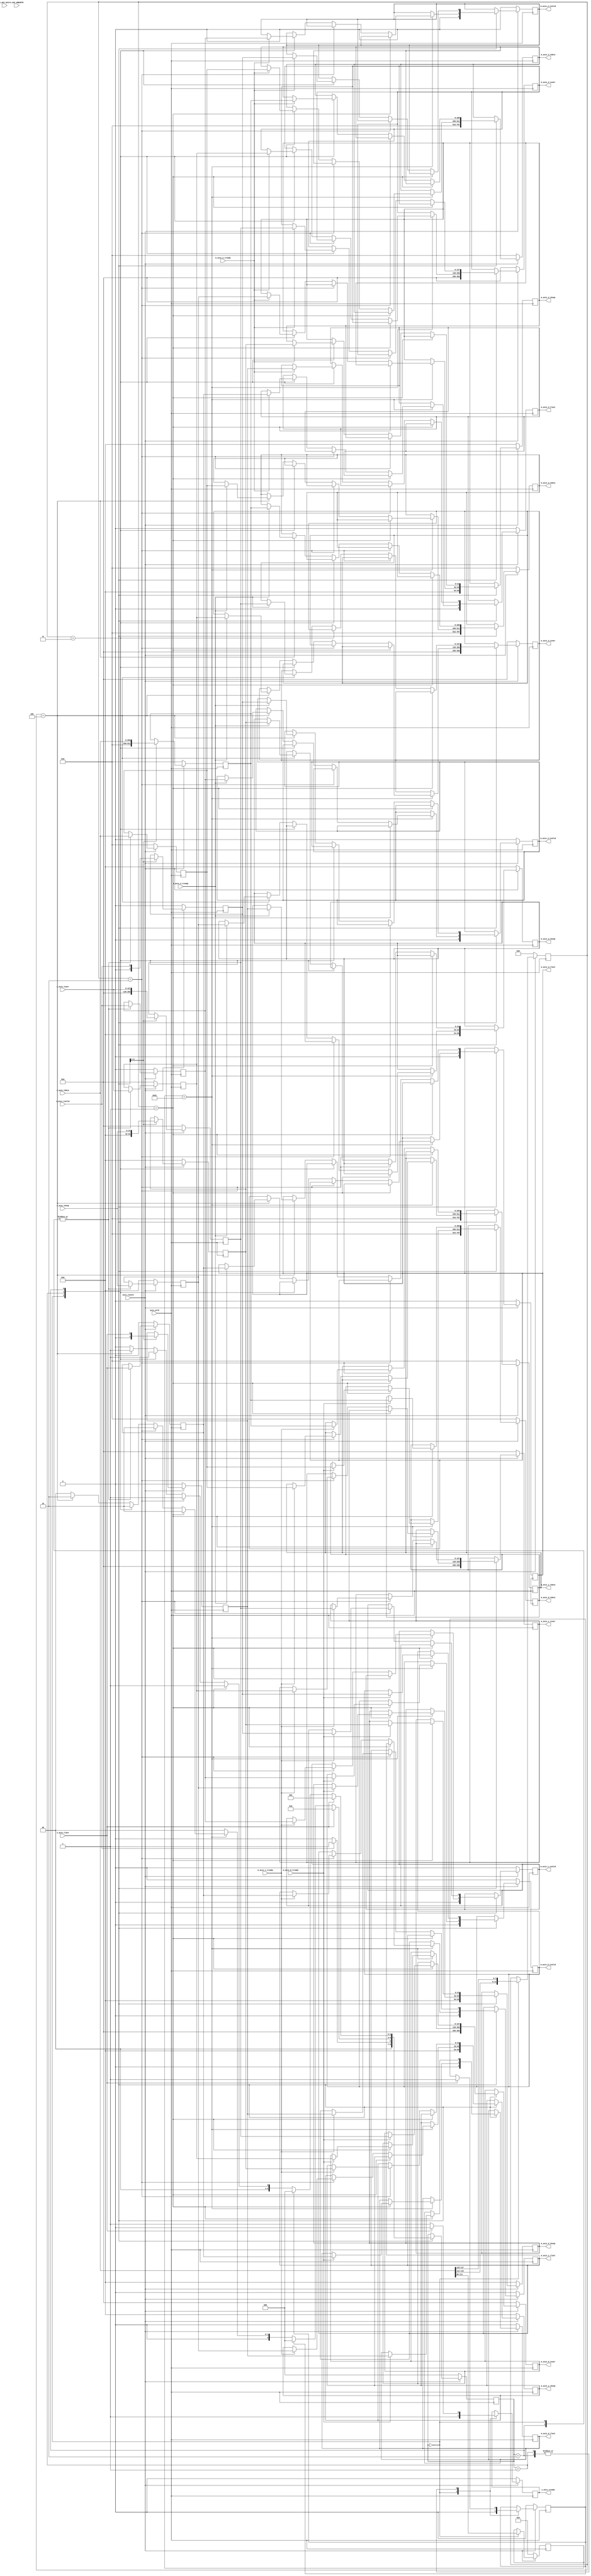
//
// Copyright (c) 2019 Mateus Saquetti
// All rights reserved.
//
// This software was modified by Institute of Informatics of the Federal
// University of Rio Grande do Sul (INF-UFRGS)
//
// Description:
//        Adapted to run in P4VBox architecture
//
// @NETFPGA_LICENSE_HEADER_START@
//
// Licensed to NetFPGA C.I.C. (NetFPGA) under one or more contributor
// license agreements.  See the NOTICE file distributed with this work for
// additional information regarding copyright ownership.  NetFPGA licenses this
// file to you under the NetFPGA Hardware-Software License, Version 1.0 (the
// "License"); you may not use this file except in compliance with the
// License.  You may obtain a copy of the License at:
//
//   http://www.netfpga-cic.org
//
// Unless required by applicable law or agreed to in writing, Work distributed
// under the License is distributed on an "AS IS" BASIS, WITHOUT WARRANTIES OR
// CONDITIONS OF ANY KIND, either express or implied.  See the License for the
// specific language governing permissions and limitations under the License.
//
// @NETFPGA_LICENSE_HEADER_END@
//


`timescale 1ns / 1ps

module input_p4_interface
#(
  //Slave AXI parameters
  parameter C_S_AXI_DATA_WIDTH    = 32,
  parameter C_S_AXI_ADDR_WIDTH    = 32,
  parameter C_BASEADDR            = 32'h00000000,

  // Master AXI Stream Data Width
  parameter C_M_AXIS_DATA_WIDTH=256,
  parameter C_S_AXIS_DATA_WIDTH=256,
  parameter C_M_AXIS_TUSER_WIDTH=128,
  parameter C_S_AXIS_TUSER_WIDTH=128,
  parameter NUM_QUEUES=5,
  parameter DIGEST_WIDTH =80
)
(
  // Global Ports
  input                                                           axis_aclk,
  input                                                           axis_resetn,

  // Master Stream Ports (interface to nf_sume_sdnet_ips)
  output reg [C_S_AXIS_DATA_WIDTH - 1:0]                          m_axis_0_tdata,
  output reg [((C_S_AXIS_DATA_WIDTH / 8)) - 1:0]                  m_axis_0_tkeep,
  output reg [C_M_AXIS_TUSER_WIDTH-1:0]                           m_axis_0_tuser,
  output reg                                                      m_axis_0_tvalid,
  output reg                                                      m_axis_0_tlast,
  input                                                           m_axis_0_tready,

  output reg [C_S_AXIS_DATA_WIDTH - 1:0]                          m_axis_1_tdata,
  output reg [((C_S_AXIS_DATA_WIDTH / 8)) - 1:0]                  m_axis_1_tkeep,
  output reg [C_M_AXIS_TUSER_WIDTH-1:0]                           m_axis_1_tuser,
  output reg                                                      m_axis_1_tvalid,
  output reg                                                      m_axis_1_tlast,
  input                                                           m_axis_1_tready,

  output reg [C_S_AXIS_DATA_WIDTH - 1:0]                          m_axis_2_tdata,
  output reg [((C_S_AXIS_DATA_WIDTH / 8)) - 1:0]                  m_axis_2_tkeep,
  output reg [C_M_AXIS_TUSER_WIDTH-1:0]                           m_axis_2_tuser,
  output reg                                                      m_axis_2_tvalid,
  output reg                                                      m_axis_2_tlast,
  input                                                           m_axis_2_tready,

  output reg [C_S_AXIS_DATA_WIDTH - 1:0]                          m_axis_3_tdata,
  output reg [((C_S_AXIS_DATA_WIDTH / 8)) - 1:0]                  m_axis_3_tkeep,
  output reg [C_M_AXIS_TUSER_WIDTH-1:0]                           m_axis_3_tuser,
  output reg                                                      m_axis_3_tvalid,
  output reg                                                      m_axis_3_tlast,
  input                                                           m_axis_3_tready,

  // Slave Stream Ports (interface to input_arbiter)
  input   [C_M_AXIS_DATA_WIDTH - 1:0]                             s_axis_tdata,
  input   [((C_M_AXIS_DATA_WIDTH / 8)) - 1:0]                     s_axis_tkeep,
  input   [C_M_AXIS_TUSER_WIDTH-1:0]                              s_axis_tuser,
  input                                                           s_axis_tvalid,
  input                                                           s_axis_tlast,
  output reg                                                      s_axis_tready,

  // Slave AXI Ports
  input                                                           S_AXI_ACLK,
  input                                                           S_AXI_ARESETN
);

  // ------------ Internal Params --------

  localparam VLAN_WIDTH=32;
  localparam VLAN_WIDTH_ID=12;
  localparam VLAN_THRESHOLD_BGN=128;
  localparam VLAN_THRESHOLD_END=96;

  localparam NUM_STATES=3;
  localparam WAIT_PKT=0;
  localparam WRITE_PKT_BEG=1;
  localparam WRITE_PKT_END=2;
  localparam END_PKT=3;

  // ------------- Regs/ wires -----------
  /* Format of tdata signal:
   *    [127:96]          vlan_tdata;     // Dot1Q<32 bits>
   * Format of vlan_tdata signal:
   *    [15:0]            vlan_prot_id;   // Protocol Identifier<32 bits>
   *    [31:16]           vlan_info;      // Tag Information<32 bits>
   * Format of vlan_info signal:
   *    [7:5]             vlan_info_prio; // Priority<3 bits>
   *    [4]               vlan_info_drop; // Drop Eligible<1 bit>
   *    {[3:0], [15: 8]}  vlan_info_id;   // VLAN Identifier<12 bits>
   */

  wire [VLAN_WIDTH - 1:0]                   vlan_tdata;
  wire [(( VLAN_WIDTH/2 )) - 1:0]           vlan_prot_id;
  wire [(( VLAN_WIDTH/2 )) - 1:0]           vlan_info;
  wire [(( VLAN_WIDTH_ID/4 )) - 1:0]        vlan_info_prio;
  wire                                      vlan_info_drop;
  wire [VLAN_WIDTH_ID -1 :0]                vlan_info_id;

  reg [NUM_STATES-1:0]                      ipi_state;
  reg                                       ipi_end_pkt;
  reg [(( VLAN_WIDTH/2 )) - 1:0]            ipi_vlan_prot_id;
  reg [VLAN_WIDTH_ID -1 :0]                 ipi_vlan_info_id;

  reg [C_S_AXIS_DATA_WIDTH - 1:0]           ipi_tdata;
  reg [((C_S_AXIS_DATA_WIDTH / 8)) - 1:0]   ipi_tkeep;
  reg [C_M_AXIS_TUSER_WIDTH-1:0]            ipi_tuser;
  reg                                       ipi_tvalid;
  reg                                       ipi_tlast;
  reg [C_S_AXIS_DATA_WIDTH - 1:0]           ipi_tdata_next;
  reg [((C_S_AXIS_DATA_WIDTH / 8)) - 1:0]   ipi_tkeep_next;
  reg [C_M_AXIS_TUSER_WIDTH-1:0]            ipi_tuser_next;
  reg                                       ipi_tvalid_next;
  reg                                       ipi_tlast_next;

  // ------------- Logic ------------

  assign vlan_tdata = s_axis_tdata [VLAN_THRESHOLD_BGN - 1:VLAN_THRESHOLD_END];
  assign vlan_prot_id = vlan_tdata [((VLAN_WIDTH/2)) - 1:0];
  assign vlan_info = vlan_tdata [VLAN_WIDTH - 1:(( VLAN_WIDTH/2 ))];
  assign vlan_info_prio = vlan_info [7:5];
  assign vlan_info_drop = vlan_info [4];
  assign vlan_info_id = {vlan_info[3:0], vlan_info[15: 8]};


  always @(posedge axis_aclk) begin
    if( axis_resetn ) begin
      case( ipi_state )

        WAIT_PKT: begin
          s_axis_tready <= 1;

          ipi_end_pkt <= 0;
          ipi_vlan_prot_id <= vlan_prot_id;
          ipi_vlan_info_id <= vlan_info_id;

          ipi_tdata  <= s_axis_tdata;
          ipi_tuser  <= s_axis_tuser;
          ipi_tkeep  <= s_axis_tkeep;
          ipi_tvalid <= s_axis_tvalid;
          ipi_tlast  <= s_axis_tlast;
          ipi_tdata_next <= 0;
          ipi_tkeep_next <= 0;
          ipi_tuser_next <= 0;
          ipi_tvalid_next<= 0;
          ipi_tlast_next <= 0;

          m_axis_0_tdata  <= 0;
          m_axis_0_tkeep  <= 0;
          m_axis_0_tuser  <= 0;
          m_axis_0_tvalid <= 0;
          m_axis_0_tlast  <= 0;
          //m_axis_0_tready
          m_axis_1_tdata  <= 0;
          m_axis_1_tkeep  <= 0;
          m_axis_1_tuser  <= 0;
          m_axis_1_tvalid <= 0;
          m_axis_1_tlast  <= 0;
          //m_axis_1_tready
          m_axis_2_tdata  <= 0;
          m_axis_2_tkeep  <= 0;
          m_axis_2_tuser  <= 0;
          m_axis_2_tvalid <= 0;
          m_axis_2_tlast  <= 0;
          //m_axis_2_tready
          m_axis_3_tdata  <= 0;
          m_axis_3_tkeep  <= 0;
          m_axis_3_tuser  <= 0;
          m_axis_3_tvalid <= 0;
          m_axis_3_tlast  <= 0;
          //m_axis_3_tready

          if ( s_axis_tvalid ) begin
            ipi_state = WRITE_PKT_BEG;
          end
          else begin
            ipi_state = WAIT_PKT;
          end
        end

        WRITE_PKT_BEG: begin
          s_axis_tready <= 1;

          ipi_tdata_next  <= s_axis_tdata;
          ipi_tuser_next  <= s_axis_tuser;
          ipi_tkeep_next  <= s_axis_tkeep;
          ipi_tvalid_next <= s_axis_tvalid;
          ipi_tlast_next  <= s_axis_tlast;

          if ( ipi_vlan_prot_id == 16'h0081 ) begin // 0000 0000 1000 0001
            ipi_state = WRITE_PKT_END;
            if ( ipi_vlan_info_id == 12'h001 ) begin // 0000 0000 0001
              if ( m_axis_0_tready == 1 ) begin
                m_axis_0_tdata  <= ipi_tdata;
                m_axis_0_tuser  <= ipi_tuser;
                m_axis_0_tkeep  <= ipi_tkeep;
                m_axis_0_tvalid <= ipi_tvalid;
                m_axis_0_tlast  <= ipi_tlast;
              end
            end
            else if ( ipi_vlan_info_id == 12'h002 ) begin // 0000 0000 0002
              if ( m_axis_1_tready == 1 ) begin
                m_axis_1_tdata  <= ipi_tdata;
                m_axis_1_tuser  <= ipi_tuser;
                m_axis_1_tkeep  <= ipi_tkeep;
                m_axis_1_tvalid <= ipi_tvalid;
                m_axis_1_tlast  <= ipi_tlast;
              end
            end
            else if ( ipi_vlan_info_id == 12'h003 ) begin // 0000 0000 0003
              if ( m_axis_2_tready == 1 ) begin
                m_axis_2_tdata  <= ipi_tdata;
                m_axis_2_tuser  <= ipi_tuser;
                m_axis_2_tkeep  <= ipi_tkeep;
                m_axis_2_tvalid <= ipi_tvalid;
                m_axis_2_tlast  <= ipi_tlast;
              end
            end
            else if ( ipi_vlan_info_id == 12'h004 ) begin // 0000 0000 0004
              if ( m_axis_3_tready == 1 ) begin
                m_axis_3_tdata  <= ipi_tdata;
                m_axis_3_tuser  <= ipi_tuser;
                m_axis_3_tkeep  <= ipi_tkeep;
                m_axis_3_tvalid <= ipi_tvalid;
                m_axis_3_tlast  <= ipi_tlast;
              end
            end
            else begin
              ipi_state = WAIT_PKT;
            end
          end
          else begin
            ipi_state = WAIT_PKT;
          end
          if ( s_axis_tlast ) begin
            ipi_state = WRITE_PKT_END;
            s_axis_tready <= 0;
            ipi_end_pkt <= 1;
          end
          else begin
            if( ipi_end_pkt ) begin
              ipi_state = WAIT_PKT;
              s_axis_tready <= 1;
            end
          end

        end // case: WRITE_PKT_BEG

        WRITE_PKT_END: begin
          s_axis_tready <= 1;

          ipi_tdata <= s_axis_tdata;
          ipi_tuser <= s_axis_tuser;
          ipi_tkeep <= s_axis_tkeep;
          ipi_tvalid <= s_axis_tvalid;
          ipi_tlast <= s_axis_tlast;


          ipi_state = WRITE_PKT_BEG;
          if ( ipi_vlan_info_id == 12'h001 ) begin // 0000 0000 0001
            if ( m_axis_0_tready == 1 ) begin
              m_axis_0_tdata  <= ipi_tdata_next;
              m_axis_0_tuser  <= ipi_tuser_next;
              m_axis_0_tkeep  <= ipi_tkeep_next;
              m_axis_0_tvalid <= ipi_tvalid_next;
              m_axis_0_tlast  <= ipi_tlast_next;
            end
          end
          else if ( ipi_vlan_info_id == 12'h002 ) begin // 0000 0000 0002
            if ( m_axis_1_tready == 1 ) begin
              m_axis_1_tdata  <= ipi_tdata_next;
              m_axis_1_tuser  <= ipi_tuser_next;
              m_axis_1_tkeep  <= ipi_tkeep_next;
              m_axis_1_tvalid <= ipi_tvalid_next;
              m_axis_1_tlast  <= ipi_tlast_next;
            end
          end
          else if ( ipi_vlan_info_id == 12'h003 ) begin // 0000 0000 0002
            if ( m_axis_2_tready == 1 ) begin
              m_axis_2_tdata  <= ipi_tdata_next;
              m_axis_2_tuser  <= ipi_tuser_next;
              m_axis_2_tkeep  <= ipi_tkeep_next;
              m_axis_2_tvalid <= ipi_tvalid_next;
              m_axis_2_tlast  <= ipi_tlast_next;
            end
          end
          else if ( ipi_vlan_info_id == 12'h004 ) begin // 0000 0000 0002
            if ( m_axis_3_tready == 1 ) begin
              m_axis_3_tdata  <= ipi_tdata_next;
              m_axis_3_tuser  <= ipi_tuser_next;
              m_axis_3_tkeep  <= ipi_tkeep_next;
              m_axis_3_tvalid <= ipi_tvalid_next;
              m_axis_3_tlast  <= ipi_tlast_next;
            end
          end
          else begin
            ipi_state = WAIT_PKT;
          end
          if ( s_axis_tlast ) begin
            ipi_state = WRITE_PKT_BEG;
            s_axis_tready <= 0;
            ipi_end_pkt <= 1;
          end
          else begin
            if( ipi_end_pkt ) begin
              ipi_state = WAIT_PKT;
              s_axis_tready <= 1;
            end
          end
        end // case: WRITE_PKT_END

      endcase // case(ipi_state)
    end
    else begin // if ( axis_resetn )
      s_axis_tready <= 0;

      ipi_vlan_prot_id <= 0;
      ipi_vlan_info_id <= 0;
      ipi_tdata <= 0;
      ipi_tkeep <= 0;
      ipi_tuser <= 0;
      ipi_tvalid <= 0;
      ipi_tlast <= 0;
      ipi_tdata_next <= 0;
      ipi_tkeep_next <= 0;
      ipi_tuser_next <= 0;
      ipi_tvalid_next <= 0;
      ipi_tlast_next <= 0;

      m_axis_0_tdata  <= 0;
      m_axis_0_tkeep  <= 0;
      m_axis_0_tuser  <= 0;
      m_axis_0_tvalid <= 0;
      m_axis_0_tlast  <= 0;
      m_axis_1_tdata  <= 0;
      m_axis_1_tkeep  <= 0;
      m_axis_1_tuser  <= 0;
      m_axis_1_tvalid <= 0;
      m_axis_1_tlast  <= 0;
      m_axis_2_tdata  <= 0;
      m_axis_2_tkeep  <= 0;
      m_axis_2_tuser  <= 0;
      m_axis_2_tvalid <= 0;
      m_axis_2_tlast  <= 0;
      m_axis_3_tdata  <= 0;
      m_axis_3_tkeep  <= 0;
      m_axis_3_tuser  <= 0;
      m_axis_3_tvalid <= 0;
      m_axis_3_tlast  <= 0;

      ipi_end_pkt <= 0;
      ipi_state = WAIT_PKT;
    end // if ( axis_resetn )

  end // always @(posedge axis_aclk)

endmodule